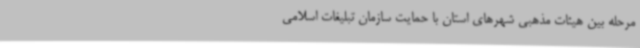
مرحله بین هیئات مذهبی شهرهای استان با حمایت سازمان تبلیغات اسلامی